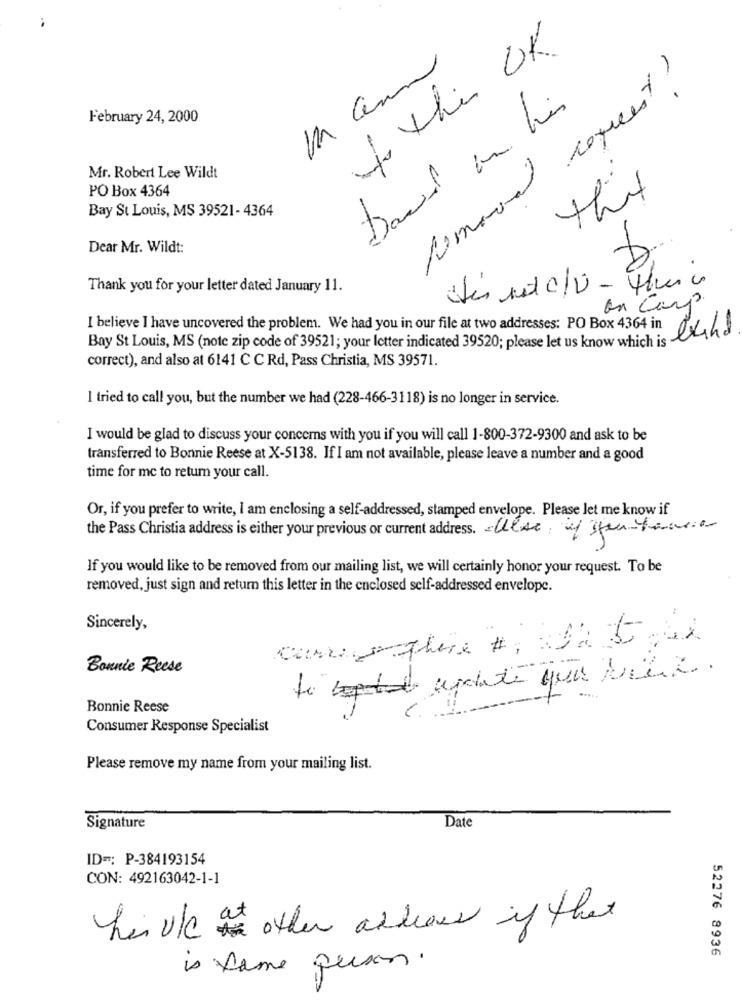
/ this OK.
Semanal copreest ?
David on his
February 24, 2000
Mr. Robert Lee Wildt
PO Box 4364
that
Bay St Louis, MS 39521- 4364
Dear Mr. Wildt:
Thank you for your letter dated January 11.
das mit c/V - thuis
on Corp.
I believe I have uncovered the problem. We had you in our file at two addresses: PO Box 4364 in
Bay St Louis, MS (note zip code of 39521; your letter indicated 39520; please let us know which is blind
correct), and also at 6141 C C Rd, Pass Christia, MS 39571.
I tried to call you, but the number we had (228-466-3118) is no longer in service.
I would be glad to discuss your concems with you if you will call 1-800-372-9300 and ask to be
transferred to Bonnie Reese at X-5138. If I am not available, please leave a number and a good
time for me to return your call.
Or, if you prefer to write, I am enclosing a self-addressed, stamped envelope. Please let me know if
the Pass Christia address is either your previous or current address. Also, if you havea
If you would like to be removed from our mailing list, we will certainly honor your request. To be
removed, just sign and return this letter in the enclosed self-addressed envelope.
Sincerely,
Bonnie Reese
.....
Bonnie Reese
Consumer Response Specialist
Please remove my name from your mailing list.
Signature
Date
ID =: P-384193154
CON: 492163042-1-1
her uk other address if that
52276 8936
is same person.